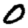
Digit: 0